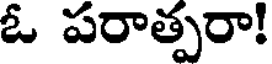
ఓ పరాత్పరా!